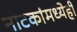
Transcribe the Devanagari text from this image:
नाटकांमध्येही